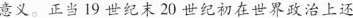
意义。正当19世纪末20世纪初在世界政治上还